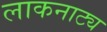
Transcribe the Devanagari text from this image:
लाकनाट्य